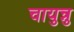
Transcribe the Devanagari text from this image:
चायुन्नु